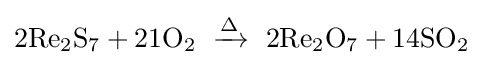
\mathrm {2Re_{2}S_{7}+21O_{2}\ \xrightarrow {\Delta } \ 2Re_{2}O_{7}+14SO_{2}}